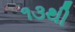
૧૩થી